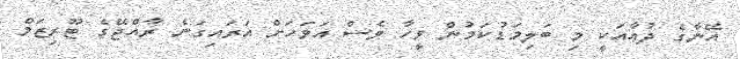
އޭނާގެ ދުޢާއަކީ މި ބަލިމަޑުކަމުން ވީހާ ވެސް އަވަހަށް އަރައިގަނެ ރާއްޖޭގެ ޓޫރިޒަމް